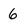
Character: 6